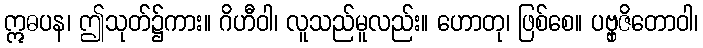
ဣဓပန၊ ဤသုတ်၌ကား။ ဂိဟီဝါ၊ လူသည်မူလည်း။ ဟောတု၊ ဖြစ်စေ။ ပဗ္ဗှဇိတောဝါ၊